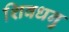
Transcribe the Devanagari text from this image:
शिवधनु